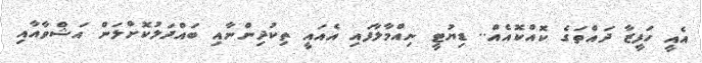
އެއީ ހަފީޒާ ދައްތަގެ ކޮއްކޮއެއް.. ޑިޔުޓީ ނިއްމާލާފައި އެއައީ ތިކުދިންނާއި ބައްދަލުކޮށްލަން އަޝްވާއާއި